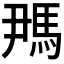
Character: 𬳪